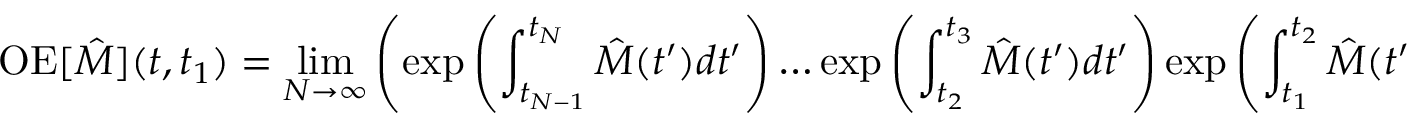
\mathrm { O E } [ \hat { M } ] ( t , t _ { 1 } ) = \operatorname* { l i m } _ { N \rightarrow \infty } \left( \exp { \left( \int _ { t _ { N - 1 } } ^ { t _ { N } } \hat { M } ( t ^ { \prime } ) d t ^ { \prime } \right) } \ldots \exp { \left( \int _ { t _ { 2 } } ^ { t _ { 3 } } \hat { M } ( t ^ { \prime } ) d t ^ { \prime } \right) } \exp { \left( \int _ { t _ { 1 } } ^ { t _ { 2 } } \hat { M } ( t ^ { \prime } ) d t ^ { \prime } \right) } \right) ,